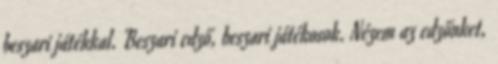
beszari játékkal. Beszari edző, beszari játékosok. Nézem az edzőnket,